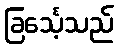
ခြင်္သေ့သည်